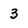
Character: 3